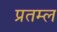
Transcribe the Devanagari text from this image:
प्रतम्ल